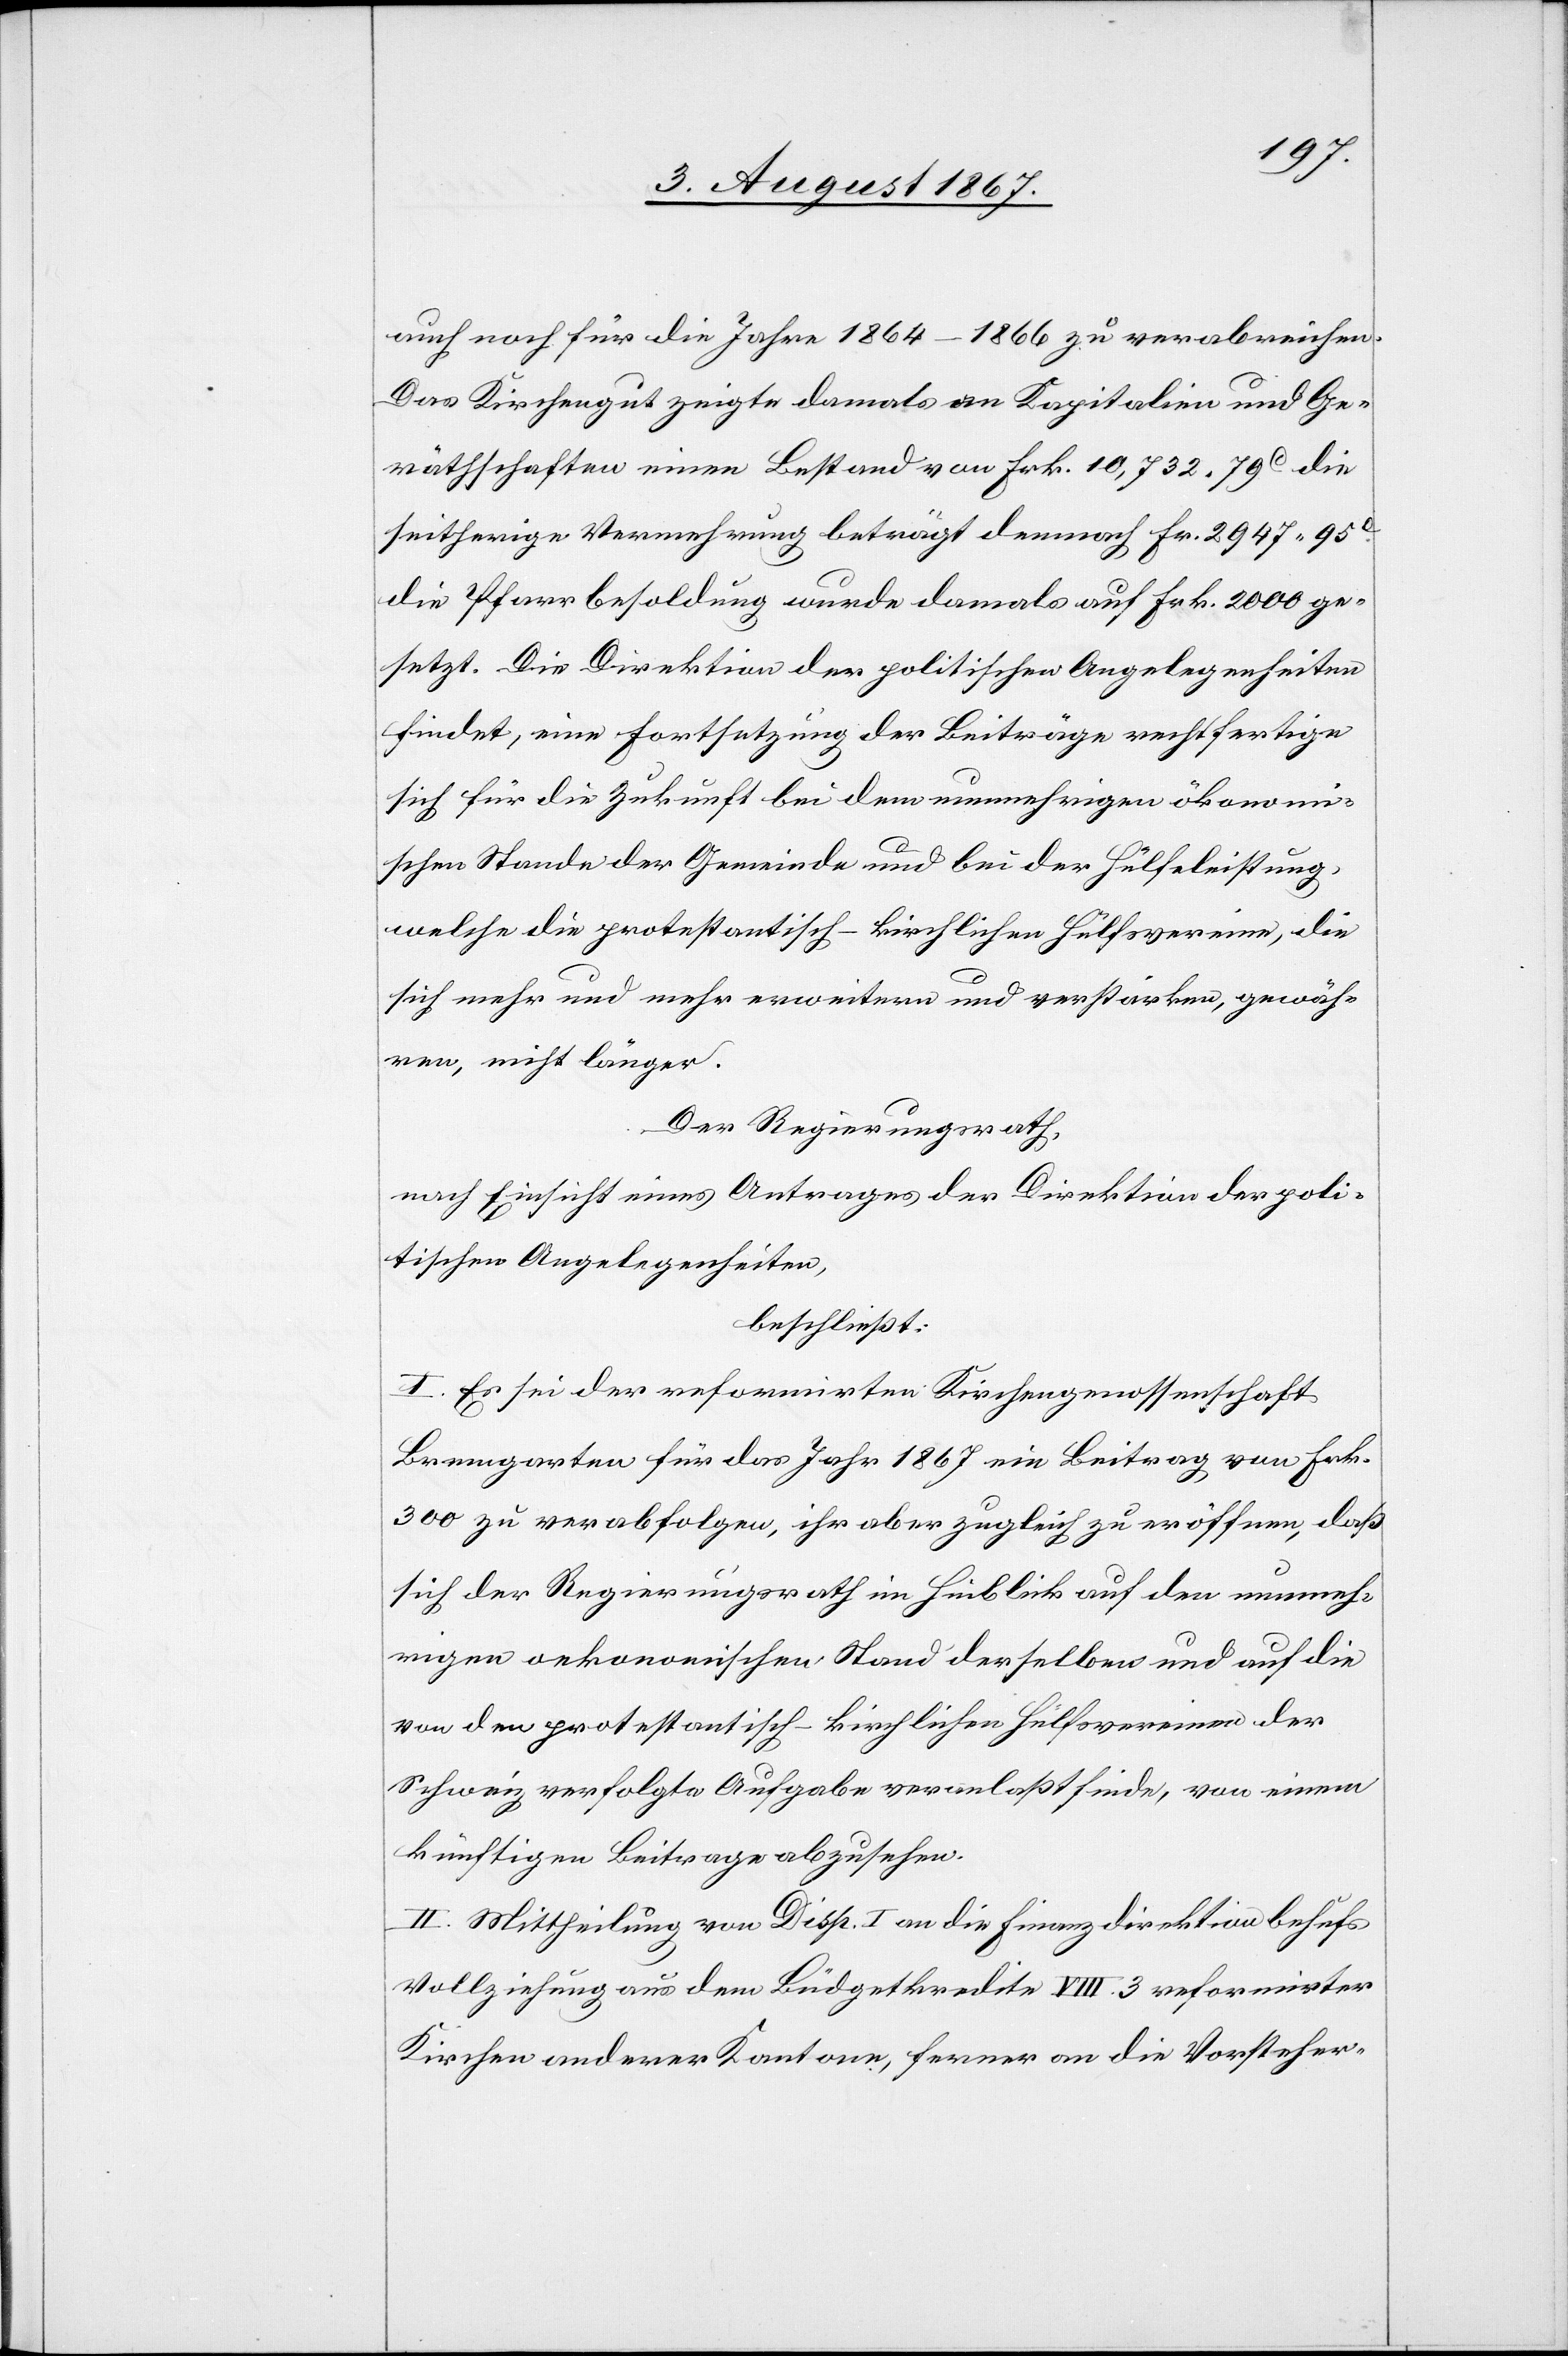
auch noch für die Jahre 1864–1866 zu verabreichen.
Das Kirchengut zeigte damals an Kapitalien und Ge¬
räthschaften einen Bestand von Frk. 10 732.79c. die
seitherige Vermehrung beträgt demnach Fr. 2946.95c.
die Pfarrbesoldung wurde damals auf Frk. 2000 ge¬
setzt. Die Direktion der politischen Angelegenheiten
findet, eine Fortsetzung der Beiträge rechtfertige
sich für die Zukunft bei dem nunmehrigen ökonomi¬
schen Stande der Gemeinde und bei der Hülfeleistung,
welche die protestantisch-kirchlichen Hülfsvereine, die
sich mehr und mehr erweitern und verstärken, gewäh¬
ren, nicht länger.
Der Regierungsrath,
nach Einsicht eines Antrages der Direktion der poli¬
tischen Angelegenheiten,
beschließt:
I. Es sei der reformirten Kirchengenossenschaft
Bremgarten für das Jahr 1867 ein Beitrag von Frk.
300 zu verabfolgen, ihr aber zugleich zu eröffnen, daß
sich der Regierungsrath im Hinblick auf den nunmeh¬
rigen oekonomischen Stand derselben und auf die
von den protestantisch-kirchlichen Hülfsvereinen der
Schweiz verfolgte Aufgabe veranlaßt finde, von einem
künftigen Beitrage abzusehen.
II. Mittheilung von Disp. I an die Finanzdirektion behufs
Vollziehung aus dem Büdgetkredite VIII. 3 reformirter
Kirchen anderer Kantone [sic!], ferner an die Vorsteher-